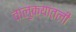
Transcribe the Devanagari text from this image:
तालुक्यांतली